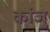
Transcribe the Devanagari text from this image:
कांजु